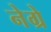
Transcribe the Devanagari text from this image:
नेग्रे